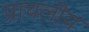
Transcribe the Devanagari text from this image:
प्राचलीय